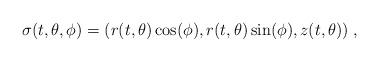
LaTeX: \begin{align*} \sigma(t,\theta,\phi)=(r(t,\theta)\cos(\phi),r(t,\theta)\sin(\phi),z(t,\theta))\;,\end{align*}